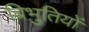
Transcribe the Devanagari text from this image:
बिभुतियों